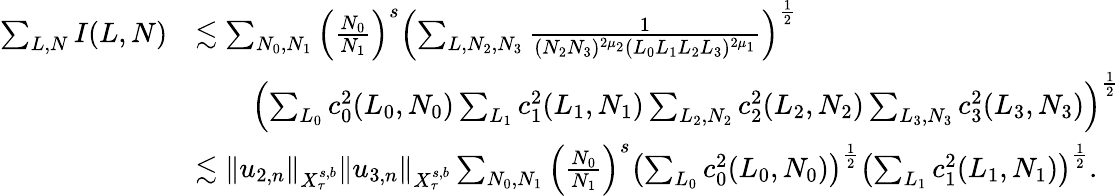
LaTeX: \begin{array}{rl}{\sum_{L,N}I(L,N)}&{\lesssim\sum_{N_{0},N_{1}}\left(\frac{N_{0}}{N_{1}}\right)^{s}\left(\sum_{L,N_{2},N_{3}}\frac{1}{(N_{2}N_{3})^{2\mu_{2}}(L_{0}L_{1}L_{2}L_{3})^{2\mu_{1}}}\right)^{\frac{1}{2}}}\\ &{\qquad\left(\sum_{L_{0}}c_{0}^{2}(L_{0},N_{0})\sum_{L_{1}}c_{1}^{2}(L_{1},N_{1})\sum_{L_{2},N_{2}}c_{2}^{2}(L_{2},N_{2})\sum_{L_{3},N_{3}}c_{3}^{2}(L_{3},N_{3})\right)^{\frac{1}{2}}}\\ &{\lesssim\Vert u_{2,n}\Vert_{X_{\tau}^{s,b}}\Vert u_{3,n}\Vert_{X_{\tau}^{s,b}}\sum_{N_{0},N_{1}}\left(\frac{N_{0}}{N_{1}}\right)^{s}\left(\sum_{L_{0}}c_{0}^{2}(L_{0},N_{0})\right)^{\frac{1}{2}}\left(\sum_{L_{1}}c_{1}^{2}(L_{1},N_{1})\right)^{\frac{1}{2}}.}\end{array}